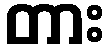
တား